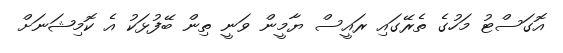
އޮގަސްޓު މަހުގެ ތެރޭގައި ރައީސް ޔާމީން ވަނީ ތިން ބޭފުޅަކު އެ ކޮމިޝަނަށް